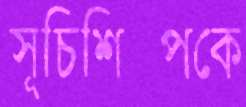
সূচিশিল্পকে